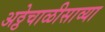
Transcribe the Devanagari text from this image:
अठ्ठेचाळीसाव्या